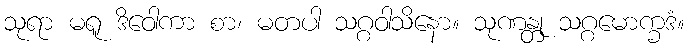
သုရာ မရူ ဒိဝေါကာ စာ၊ မတပါ သဂ္ဂဝါသိနော။ သုဏန္တု သဂ္ဂမောက္ခဒံ။